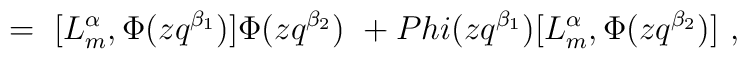
=\ [L^{\alpha}_m , \Phi (zq^{\beta_1}) ] \Phi (zq^{\beta_2})\ +\\Phi (zq^{\beta_1}) [L^{\alpha}_m , \Phi (zq^{\beta_2})]\ ,